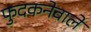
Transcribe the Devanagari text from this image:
फुदकनेवाले